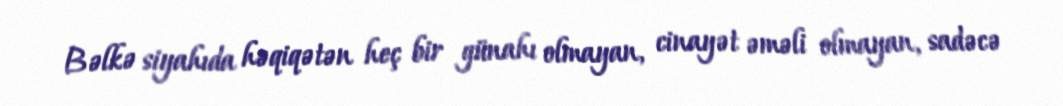
Bəlkə siyahıda həqiqətən heç bir günahı olmayan, cinayət əməli olmayan, sadəcə